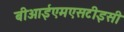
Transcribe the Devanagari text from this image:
बीआईएमएसटीइसी